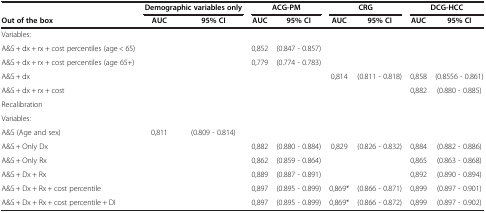
|  | <COLSPAN=2> Demographic variables only | <COLSPAN=2> ACG-PM | <COLSPAN=2> CRG | <COLSPAN=2> DCG-HCC |
 | Out of the box | AUC | 95% CI | AUC | 95% CI | AUC | 95% CI | AUC | 95% CI |
 | --- | --- | --- | --- | --- | --- | --- | --- | --- |
 | Variables: |  |  |  |  |  |  |  |  |
 | A&S + dx + rx + cost percentiles (age < 65) |  |  | 0,852 | (0.847 - 0.857) |  |  |  |  |
 | A&S + dx + rx + cost percentiles (age 65+) |  |  | 0,779 | (0.774 - 0.783) |  |  |  |  |
 | A&S + dx |  |  |  |  | 0,814 | (0.811 - 0.818) | 0,858 | (0.8556 - 0.861) |
 | A&S + dx + rx + cost |  |  |  |  |  |  | 0,882 | (0.880 - 0.885) |
 | Recalibration |  |  |  |  |  |  |  |  |
 | Variables: |  |  |  |  |  |  |  |  |
 | A&S (Age and sex) | 0,811 | (0.809 - 0.814) |  |  |  |  |  |  |
 | A&S + Only Dx |  |  | 0,882 | (0.880 - 0.884) | 0,829 | (0.826 - 0.832) | 0,884 | (0.882 - 0.886) |
 | A&S + Only Rx |  |  | 0,862 | (0.859 - 0.864) |  |  | 0,865 | (0.863 - 0.868) |
 | A&S + Dx + Rx |  |  | 0,889 | (0.887 - 0.891) |  |  | 0,892 | (0.890 - 0.894) |
 | A&S + Dx + Rx + cost percentile |  |  | 0,897 | (0.895 - 0.899) | 0,869* | (0.866 - 0.871) | 0,899 | (0.897 - 0.901) |
 | A&S + Dx + Rx + cost percentile + DI |  |  | 0,897 | (0.895 - 0.899) | 0,869* | (0.866 - 0.872) | 0,899 | (0.897 - 0.902) |